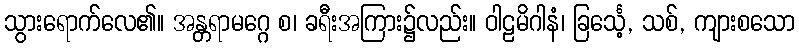
သွားရောက်လေ၏။ အန္တရာမဂ္ဂေ စ၊ ခရီးအကြား၌လည်း။ ဝါဠမိဂါနံ၊ ခြင်္သေ့, သစ်, ကျားစသော